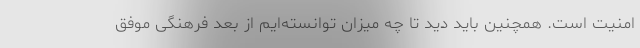
امنیت است. همچنین باید دید تا چه میزان توانسته‌ایم از بعد فرهنگی موفق